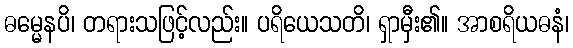
ဓမ္မေနပိ၊ တရားသဖြင့်လည်း။ ပရိယေသတိ၊ ရှာမှီး၏။ အာစရိယဓနံ၊